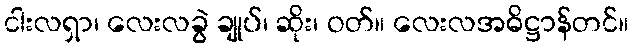
ငါးလရှာ၊ လေးလခွဲ ချုပ်၊ ဆိုး၊ ဝတ်။ လေးလအဓိဋ္ဌာန်တင်။